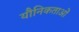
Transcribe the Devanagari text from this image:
यौनिकताओं